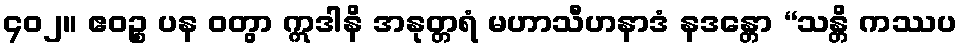
၄၀၂။ ဧဝဉ္စ ပန ဝတွာ ဣဒါနိ အနုတ္တရံ မဟာသီဟနာဒံ နဒန္တော “သန္တိ ကဿပ